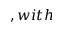
, w i t h